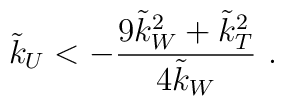
\tilde{k}_U < - \frac{9\tilde{k}_W^2+\tilde{k}_T^2}{4\tilde{k}_W}~.